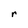
Character: r